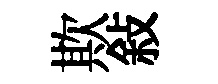
欺敍